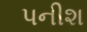
પનીશ